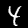
Label: 4